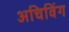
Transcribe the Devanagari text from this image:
अचिविंग